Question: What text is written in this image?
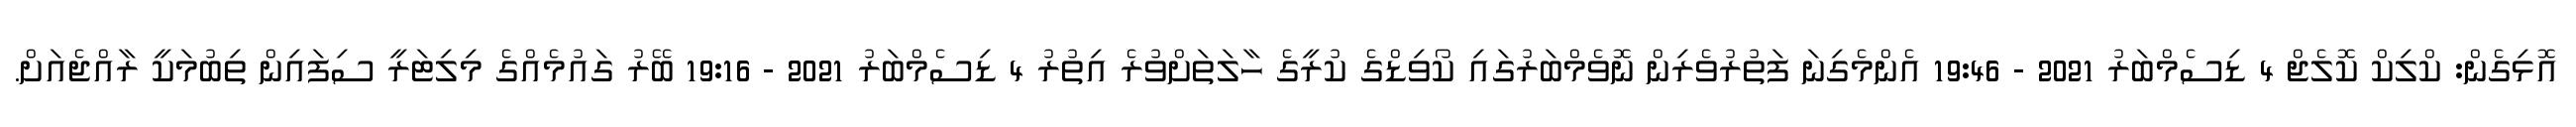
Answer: އޮޅިގެން: ކްލިކް ކޮލެޖް 4 ޑިސެމްބަރު 2021 - 19:46 އެންމެގިނަ ފަތުރުވެރިން ނޮވެމްބަރުގައި ކޯވިޑްގެ ކުރީގެ ހާލަތަށްވުރެ އިތުރު 4 ޑިސެމްބަރު 2021 - 19:16 ބޭރު ގައުމެއްގެ މިލިޓަރީ ސިފައިން ތިބުމަކީ ރާއްޖެއަށް.